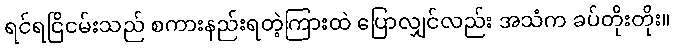
ရင်ရင်ြိငမ်းသည် စကားနည်းရတဲ့ကြားထဲ ပြောလျှင်လည်း အသံက ခပ်တိုးတိုး။